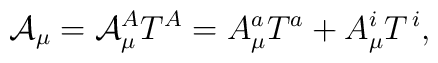
\mathcal{A}_\mu =\mathcal{A}_\mu ^AT^A=A_\mu ^aT^a+A_\mu ^iT^{\,i},